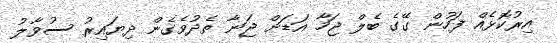
އިރުކޮޅެއް ފަހުން ގޭގެ ބެލް ޖަހާ އަޑަށް ޖަނާ ތެދުވެގެން ދިޔައިރު ސުވާލު